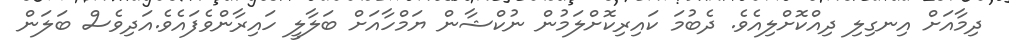
ދިމާއަށް އިނގިލި ދިއްކޮށްލިއެވެ. ދެބުމަ ކައިރިކޮށްލަމުން ނުކްޝާން ޔަމްހާއަށް ބަލާލީ ހައިރާންވެފައެވެ.އަދިވެސް ބަލަން